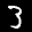
Label: 3